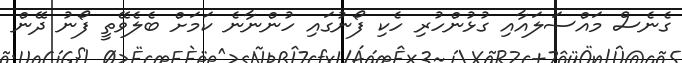
ގެނެސް މައްސަލައާއި ގުޅުންހުރި ހެކި ފޯނުގައި ހުންނާނެ ކަމަށް ބެލެވޭތީ ފޯނު ދޭން